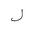
Letter: _lam